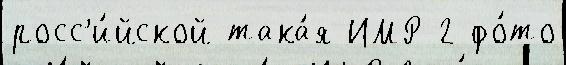
росс'и́йской така́я ИМР-2 фо́то